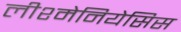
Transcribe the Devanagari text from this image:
लीश्मेनियेसिस